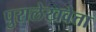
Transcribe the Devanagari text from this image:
पुरालेखवेत्ता